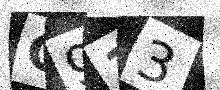
Text: C913